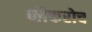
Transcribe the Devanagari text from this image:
ब्लैकरोच